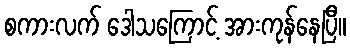
စကားလက် ဒေါသကြောင့် အားကုန်နေပြီ။